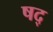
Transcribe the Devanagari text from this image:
षद्